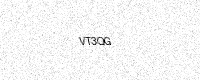
Text: VT3QG